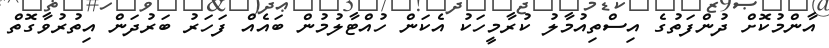
އާންމުކޮށް ދުންފަތުގެ އިސްތިއުމާލު ކުރާމީހަކު އެކަން ހުއްޓާލުމުން ބައެއް ފަހަރު ބަރުދަން އިތުރުވާގޮތް